Scientific memoirs by medical officers of the Army of India - Part III,
Year: 1887
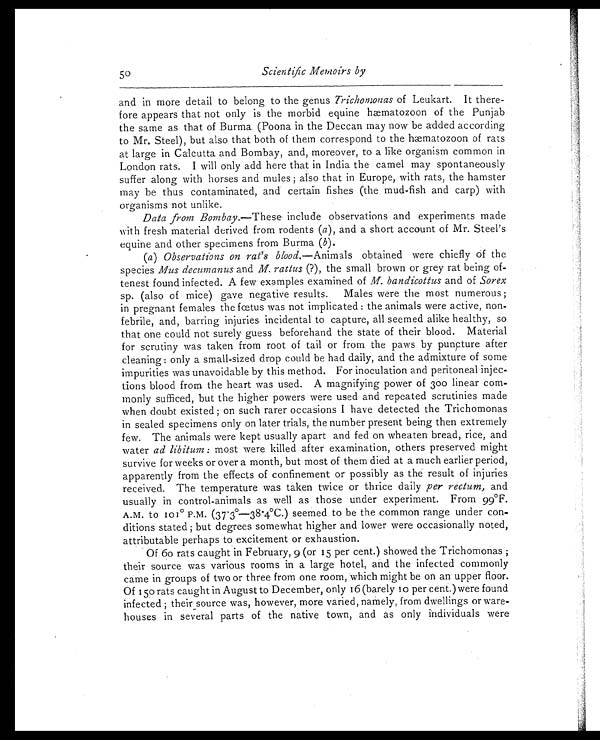
and in more detail to belong to the genus Trichomonas of Leukart. It there
-fore appears that not only is the morbid equine hæmatozoon of the Punjab
the same as that of Burma (Poona in the Deccan may now be added according
to Mr. Steel), but also that both of them correspond to the hæmatozoon of rats
at large in Calcutta and Bombay, and, moreover, to a like organism common in
London rats. I will only add here that in India the camel may spontaneously
suffer along with horses and mules; also that in Europe, with rats, the hamster
may be thus contaminated, and certain fishes (the mud-fish and carp) with
organisms not unlike.
Data from Bombay. —These include observations and experiments made
with fresh material derived from rodents ( a ), and a short account of Mr. Steel's
equine and other specimens from Burma ( b ).
( a) Observations on rat's blood .—Animals obtained were chiefly of the
species Mus decumanus and M. rattus (?), the small brown or grey rat being of
-tenest found infected. A few examples examined of M. bandicottus and of Sorex
sp. (also of mice) gave negative results. Males were tire most numerous;
in pregnant females the fœtus was not implicated: the animals were active, non
-febrile, and, barring injuries incidental to capture, all seemed alike healthy, so
that one could not surely guess beforehand the state of their blood. Material
for scrutiny was taken from root of tail or from the paws by puncture after
cleaning: only a small-sized drop could be had daily, and the admixture of some
impurities was unavoidable by this method. For inoculation and peritoneal injec
-tions blood from the heart was used. A magnifying power of 300 linear com-
-monly sufficed, but the higher powers were used and repeated scrutinies made
when doubt existed; on such rarer occasions I have detected the Trichomonas
in sealed specimens only on later trials, the number present being then extremely
few. The animals were kept usually apart and fed on wheaten bread, rice, and
water ad libitum: most were killed after examination, others preserved might
survive for weeks or over a month, but most of them died at a much earlier period,
apparently from the effects of confinement or possibly as the result of injuries
received. The temperature was taken twice or thrice daily per rectum, and
usually in control-animals as well as those under experiment. From 99°F.
A.M. to 101° P.M. (37·3°—38·4°C.) seemed to be the common range under con
-ditions stated; but degrees somewhat higher and lower were occasionally noted,
attributable perhaps to excitement or exhaustion.
Of 60 rats caught in February, 9 (or 15 per cent.) showed the Trichomonas;
their source was various rooms in a large hotel, and the infected commonly
came in groups of two or three from one room, which might be on an upper floor.
Of 150 rats caught in August to December, only 16 (barely 10 per cent.) were found
infected; their source was, however, more varied, namely, from dwellings or ware
-houses in several parts of the native town, and as only individuals were